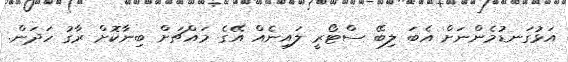
އަޅުގަނޑުމެންނަށް އެބަ ލިބޭ ސްޓޯރީ ލައިނެއް އޭގެ މައްޗަށް ބިނާކޮށް ރާގު ހަދަން.